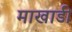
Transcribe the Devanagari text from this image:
माखाडी